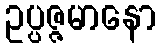
ဥပ္ပဇ္ဇမာနော